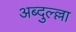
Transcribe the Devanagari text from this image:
अब्दुल्ल्ला